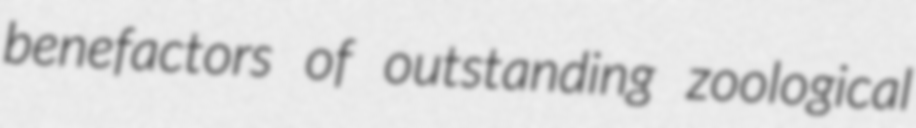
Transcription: benefactors of outstanding zoological